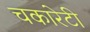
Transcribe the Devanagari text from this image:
चकारेटी